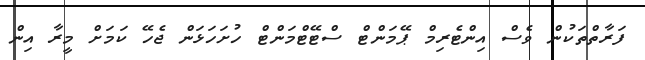
ފަރާތްތަކުން ވެސް އިންޓެރިމް ޕޭމަންޓް ސްޓޭޓްމަންޓް ހުށަހަޅަން ޖެހޭ ކަމަށް މީރާ އިން